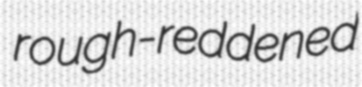
rough-reddened